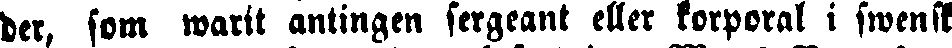
der, som warit antingen sergeant eller korporal i swenskt